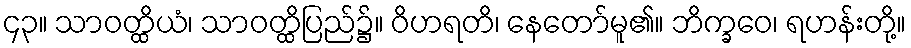
၄၃။ သာဝတ္ထိယံ၊ သာဝတ္ထိပြည်၌။ ဝိဟရတိ၊ နေတော်မူ၏။ ဘိက္ခဝေ၊ ရဟန်းတို့။